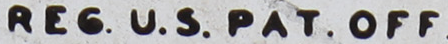
REG. U.S PAT OFF